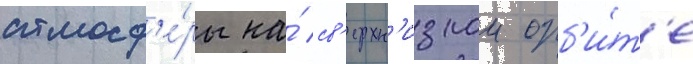
атмосф'е́ры на́ св'ерхн'изкои орб'и́т'е